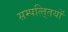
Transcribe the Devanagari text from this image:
सम्पत्ति्तयों